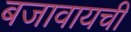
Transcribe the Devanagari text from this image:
बजावायची